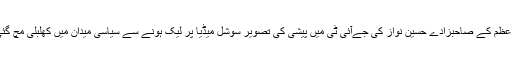
وزیراعظم کے صاحبزادے حسین نواز کی جےآئی ٹی میں پیشی کی تصویر سوشل میڈیا پر لیک ہونے سے سیاسی میدان میں کھلبلی مچ گئی ہے۔